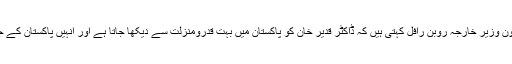
جنوبی ایشیا کیلئے امریکہ کی سابق معاون وزیر خارجہ روبن رافل کہتی ہیں کہ ڈاکٹر قدیر خان کو پاکستان میں بہت قدرومنزلت سے دیکھا جاتا ہے اور اُنہیں پاکستان کے جوہری پروگرام کا خالق سمجھا جاتا ہے۔